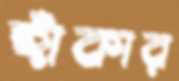
হাঁকার